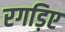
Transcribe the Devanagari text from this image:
रगड़िए